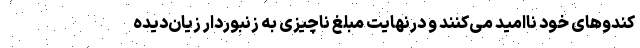
کندوهای خود ناامید می‌کنند و درنهایت مبلغ ناچیزی به زنبوردار زیان‌دیده